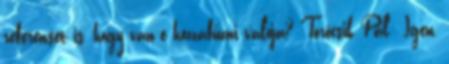
referensét is, hogy van-e hozzáfűzni valója? Törőcsik Pál: Igen,